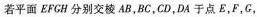
若平面EFCH分别交棱AB，BC，CD，DA于点E，F，G，